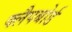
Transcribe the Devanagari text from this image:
क्लैपबोर्ड